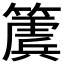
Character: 𮆔